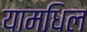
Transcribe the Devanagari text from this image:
यामधिल